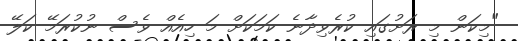
"މިކަން މި ރަށުގައި ކުރެވިދާނެ ކަމަކަށް މަ ހިއެއް ވެސް ނުކުރަމޭ ކަލޭ